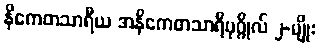
နိကေတသာရီယ အနိကေတသာရီပုဂ္ဂိုလ် ၂-မျိုး